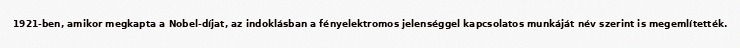
1921-ben, amikor megkapta a Nobel-díjat, az indoklásban a fényelektromos jelenséggel kapcsolatos munkáját név szerint is megemlítették.